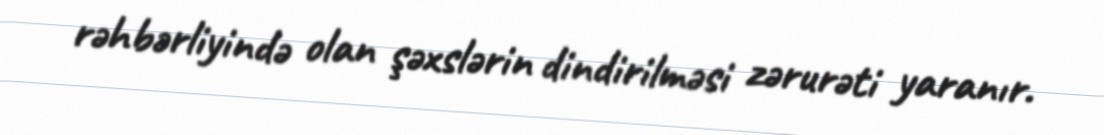
rəhbərliyində olan şəxslərin dindirilməsi zərurəti yaranır.